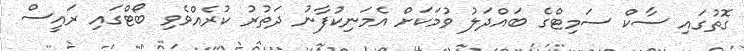
ގޮތުގައި ސާކް ސަމިޓްގެ ބައްދަލު ވުމަކަށް އެމަނިކުފާނު ދަތުރު ކުރެއްވެވި ބޯޓްގައި ރައީސް